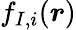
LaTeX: f_{I,i}(\boldsymbol{r})